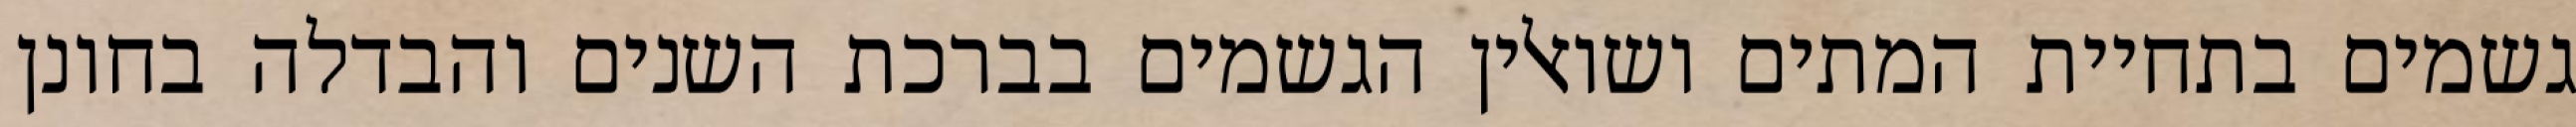
גשמים בתחיית המתים ושואלין הגשמים בברכת השנים והבדלה בחונן